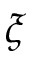
{ \boldsymbol \xi }